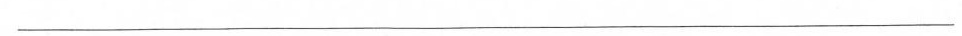
___